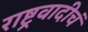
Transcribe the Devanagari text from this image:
राष्ट्रवादीचं